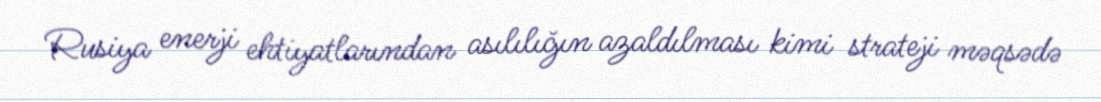
Rusiya enerji ehtiyatlarından asılılığın azaldılması kimi strateji məqsədə